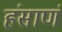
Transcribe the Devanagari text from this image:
हंसाणं